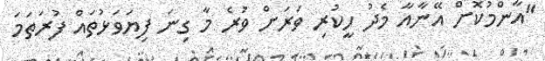
"އާންމުކޮށް އޭނާއާ މެދު ހީކުރި ވަރަށް ވުރެ މާ ގިނަ ފިޔަވަޅުތައް ފުރަތަމަ